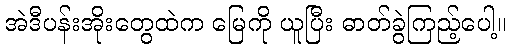
အဲဒီပန်းအိုးတွေထဲက မြေကို ယူပြီး ဓာတ်ခွဲကြည့်ပေါ့။